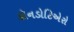
કૉનડોટિએરો